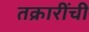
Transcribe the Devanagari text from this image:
तक्रारींची